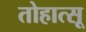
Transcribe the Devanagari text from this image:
तोहात्सू